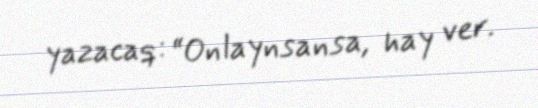
yazacaq: “Onlaynsansa, hay ver.